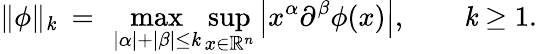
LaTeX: \| \phi\| _{\mathit{k}}~=~\operatorname*{max}_{|\alpha|+|\beta|\leq\mathit{k}}\operatorname*{sup}_{x\in\mathbb{{R}}^{n}}\left|x^{\alpha}\partial^{\beta}\phi(x)\right|,\qquad\mathit{k}\geq1.